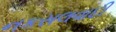
નકસલવાદી